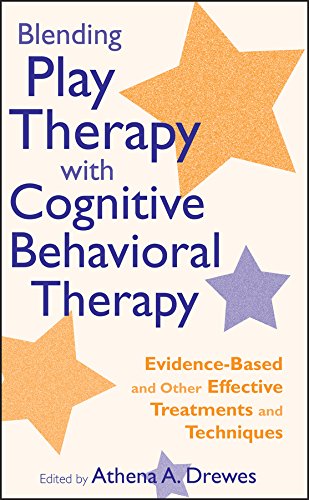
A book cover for Blending Play Therapy with Cognitive Behavioral Therapy: Evidence-Based and Other Effective Treatments and Techniques; Medical Books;